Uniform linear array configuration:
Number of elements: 64
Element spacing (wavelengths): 0.25
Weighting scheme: blackman
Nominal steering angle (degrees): -45
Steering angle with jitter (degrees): -45.886
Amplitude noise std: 0.05
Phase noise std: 0.05

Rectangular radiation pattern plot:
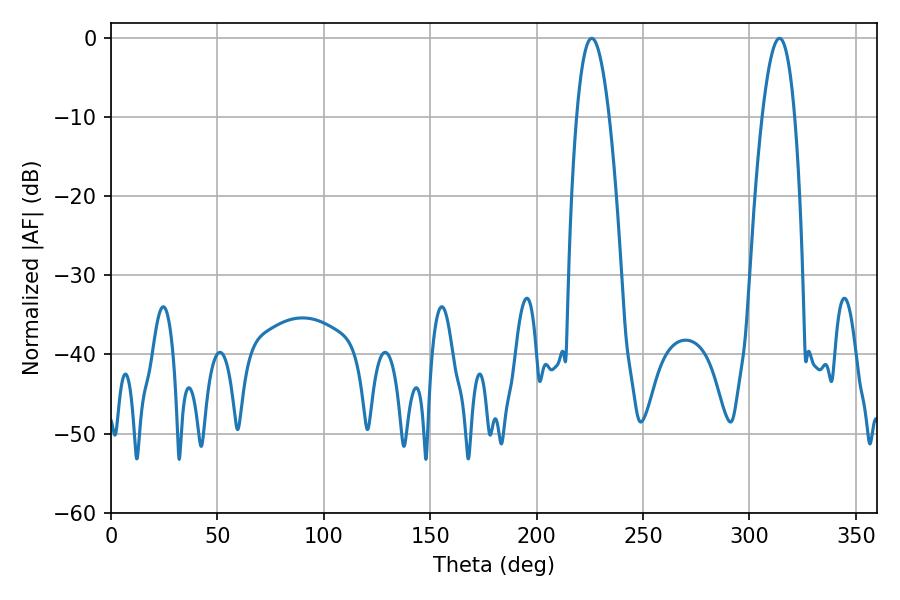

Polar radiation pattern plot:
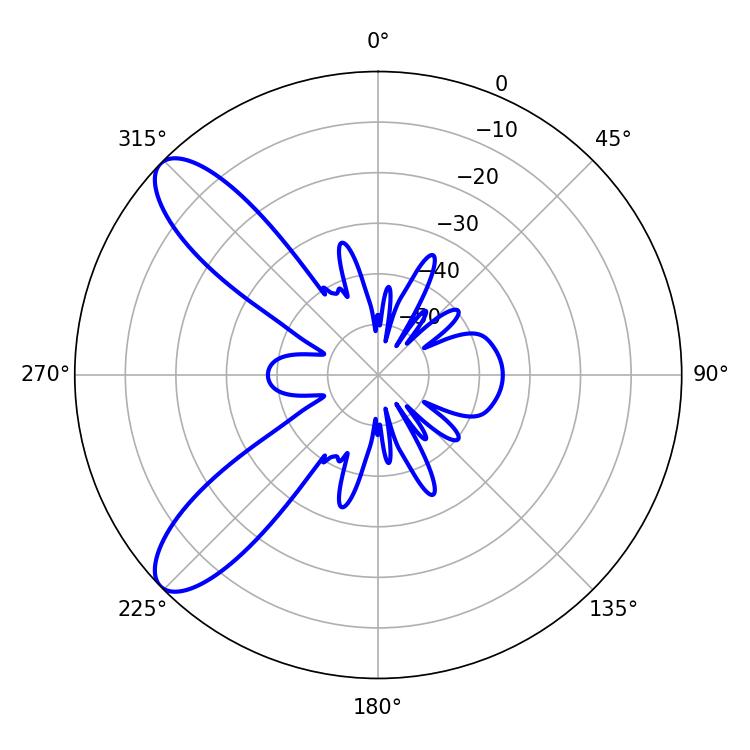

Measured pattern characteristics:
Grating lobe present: FALSE
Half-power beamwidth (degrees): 8.46
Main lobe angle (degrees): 225.9